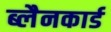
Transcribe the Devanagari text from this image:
ब्लैनकार्ड